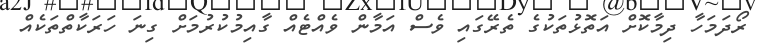
ރޯދަމަހާ ދިމާކޮށް އަތޮޅުތަކުގެ ތެރޭގައި ވެސް އަމާން ވެއްޓެއް ގާއިމުކުރުމަށް ގިނަ ހަރަކާތްތަކެއް